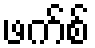
ဖက်စ်